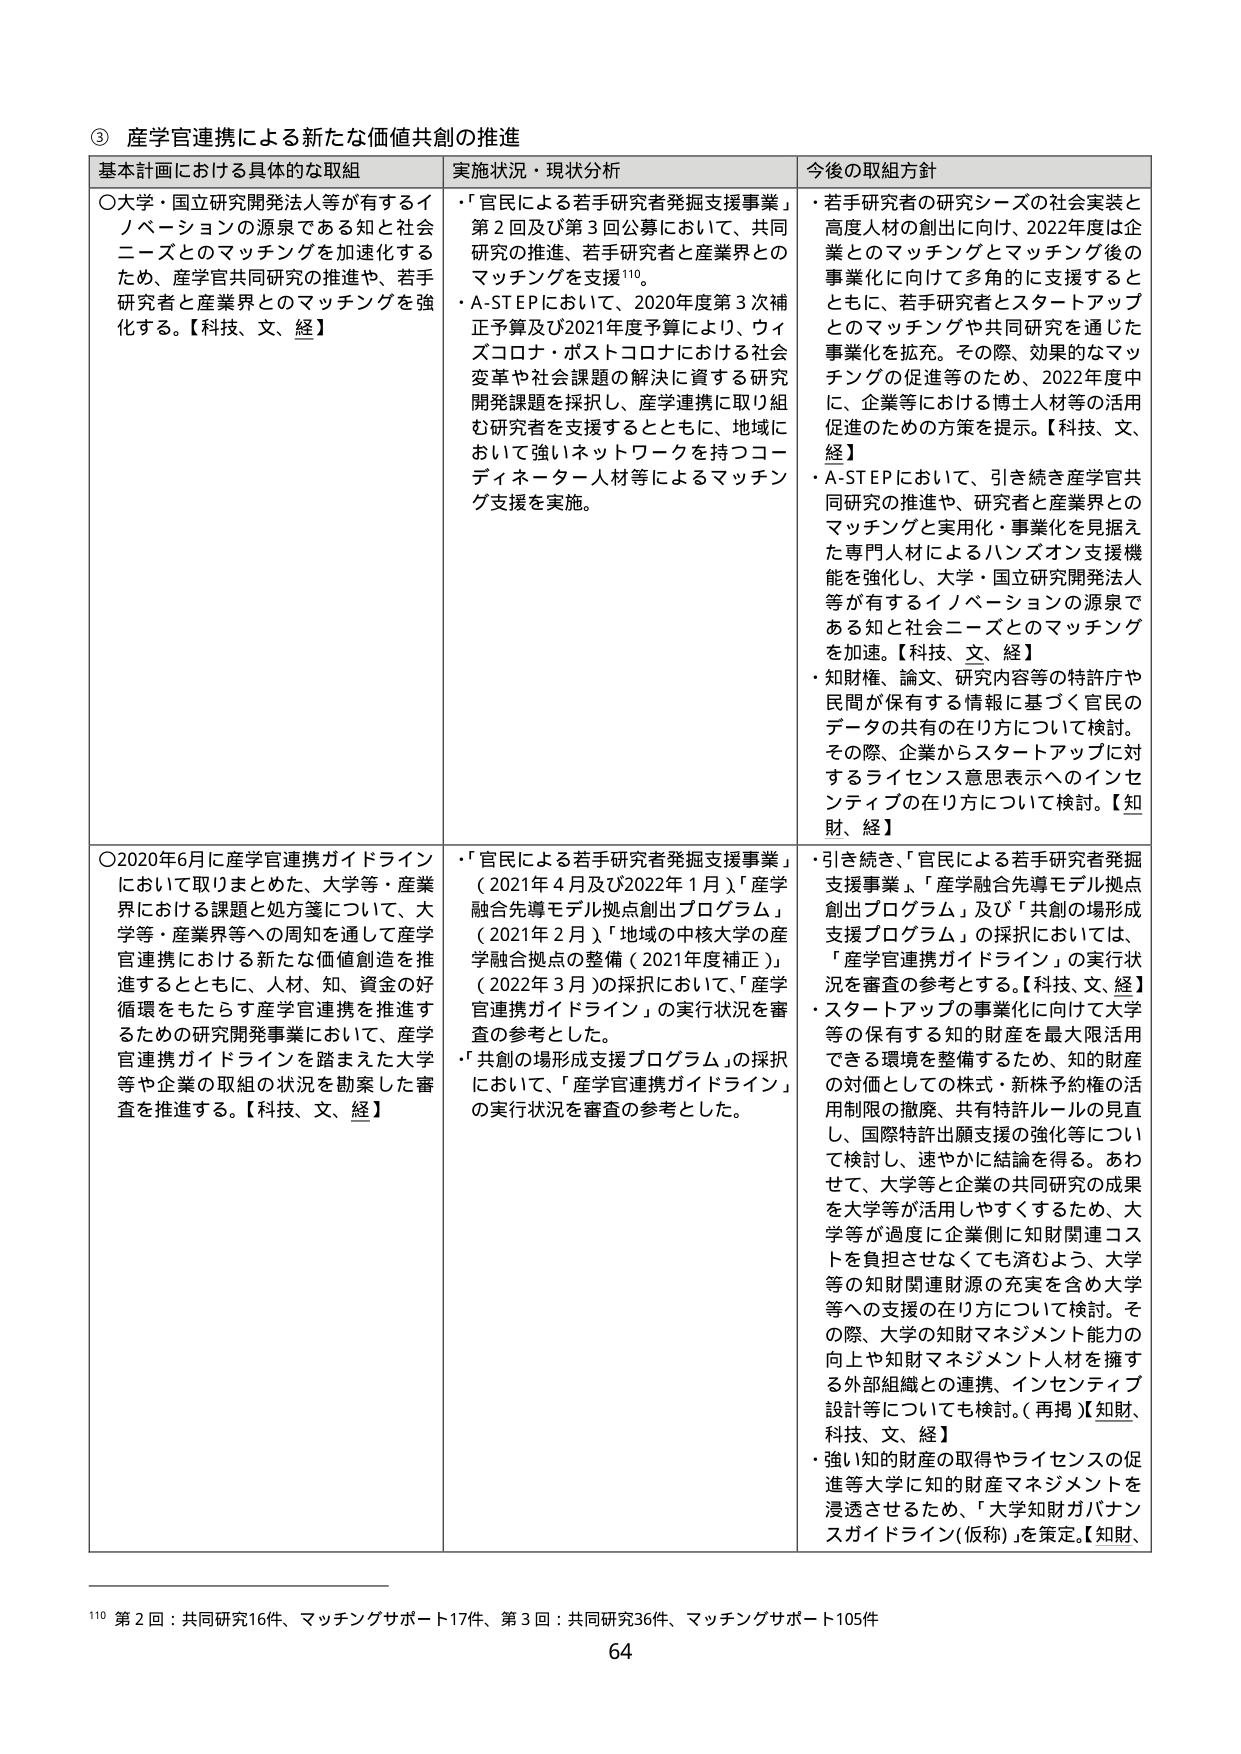
③ 産学官連携による新たな価値共創の推進

基本計画における具体的な取組 実施状況・現状分析 今後の取組方針

〇大学・国立研究開発法人等が有するイノベーションの源泉である知と社会ニーズとのマッチングを加速化するため、産学官共同研究の推進や、若手研究者と産業界とのマッチングを強化する。【科技、文、経】

・「官民による若手研究者発掘支援事業」第2回及び第3回公募において、共同研究の推進、若手研究者と産業界とのマッチングを支援¹¹⁰。
・A-STEPにおいて、2020年度第3次補正予算及び2021年度予算により、ウィズコロナ・ポストコロナにおける社会変革や社会課題の解決に資する研究開発課題を採択し、産学連携に取り組む研究者を支援するとともに、地域において強いネットワークを持つコーディネーター人材等によるマッチング支援を実施。

・若手研究者の研究シーズの社会実装と高度人材の創出に向け、2022年度は企業とのマッチングとマッチング後の事業化に向けて多角的に支援するとともに、若手研究者とスタートアップとのマッチングや共同研究を通じた事業化を拡充。その際、効果的なマッチングの促進等のため、2022年度中に、企業等における博士人材等の活用促進のための方策を提示。【科技、文、経】
・A-STEPにおいて、引き続き産学官共同研究の推進や、研究者と産業界とのマッチングと実用化・事業化を見据えた専門人材によるハンズオン支援機能を強化し、大学・国立研究開発法人等が有するイノベーションの源泉である知と社会ニーズとのマッチングを加速。【科技、文、経】
・知財権、論文、研究内容等の特許庁や民間が保有する情報に基づく官民のデータの共有の在り方について検討。その際、企業からスタートアップに対するライセンス意思表示へのインセンティブの在り方について検討。【知財、経】

〇2020年6月に産学官連携ガイドラインにおいて取りまとめた、大学等・産業界における課題と処方箋について、大学等・産業界等への周知を通じて産学官連携における新たな価値創造を推進するとともに、人材、知、資金の好循環をもたらす産学官連携を推進するための研究開発事業において、産学官連携ガイドラインを踏まえた大学等や企業の取組の状況を勘案した審査を推進する。【科技、文、経】

・「官民による若手研究者発掘支援事業」（2021年4月及び2022年1月）、「産学融合先導モデル拠点創出プログラム」（2021年2月）、「地域の中核大学の産学融合拠点の整備（2021年度補正）」（2022年3月）の採択において、「産学官連携ガイドライン」の実行状況を審査の参考とした。
・「共創の場形成支援プログラム」の採択において、「産学官連携ガイドライン」の実行状況を審査の参考とした。

・引き続き、「官民による若手研究者発掘支援事業」、「産学融合先導モデル拠点創出プログラム」及び「共創の場形成支援プログラム」の採択においては、「産学官連携ガイドライン」の実行状況を審査の参考とする。【科技、文、経】
・スタートアップの事業化に向けた大学等の保有する知的財産を最大限活用できる環境を整備するため、知的財産の対価としての株式・新株予約権の活用制限の撤廃、共有特許ルールの見直し、国際特許出願支援の強化等について検討し、速やかに結論を得る。あわせて、大学等と企業の共同研究の成果を大学等が活用しやすくするため、大学等が過度に企業側に知財関連コストを負担させなくても済むよう、大学等の知財関連財源の充実を含め大学等への支援の在り方について検討。その際、大学の知財マネジメント能力の向上や知財マネジメント人材を擁する外部組織との連携、インセンティブ設計等についても検討。（再掲）【知財、科技、文、経】
・強い知的財産の取得やライセンスの促進等大学に知的財産マネジメントを浸透させるため、「大学知財ガバナンスガイドライン（仮称）」を策定。【知財、

¹¹⁰ 第2回：共同研究16件、マッチングサポート17件、第3回：共同研究36件、マッチングサポート105件

64